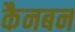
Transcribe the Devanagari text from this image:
कैनबन